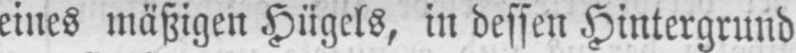
eines mäßigen Hügels, in dessen Hintergrund